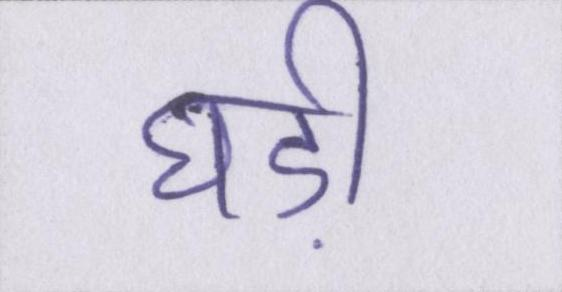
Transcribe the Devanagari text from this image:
घड़ी